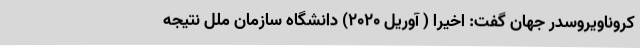
کروناویروسدر جهان گفت: اخیرا ( آوریل 2020) دانشگاه سازمان ملل نتیجه